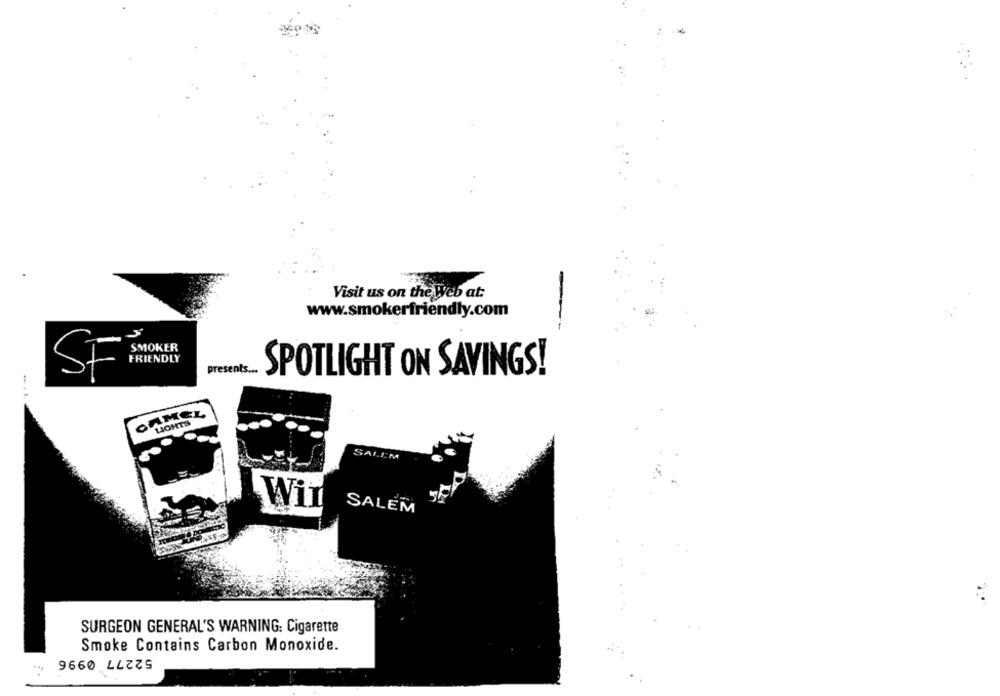
Visit us on the Web at:
www.smokerfriendly.com
--
SMOKER
FRIENDLY
presents ..
SPOTLIGHT ON SAVINGS!
SF
CAMEL
HIGHTS
SALEM
Wir
SALEM
SURGEON GENERAL'S WARNING: Cigarette
Smoke Contains Carbon Monoxide.